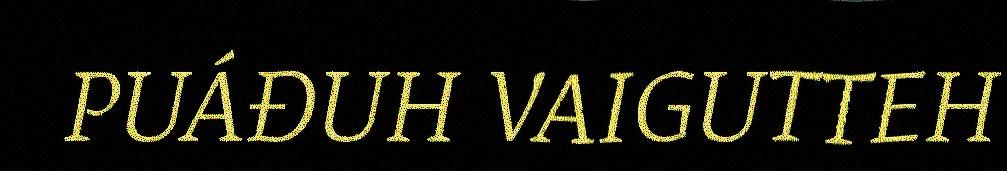
PUÁĐUH VAIGUTTEH